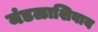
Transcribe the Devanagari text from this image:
मंडळाशिवाय